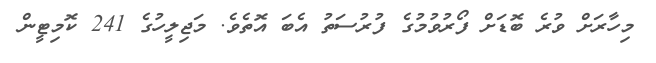
މިހާރަށް ވުރެ ބޮޑަށް ފޯރުވުމުގެ ފުރުސަތު އެބަ އޮތެވެ. މަޖިލީހުގެ 241 ކޮމިޓީން